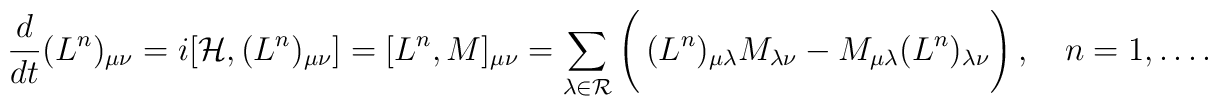
{d\over{dt}}(L^n)_{\mu\nu}=i[{\cal H},(L^n)_{\mu\nu}]   =[L^n,M]_{\mu\nu}   \nonumber\\   =\sum_{\lambda\in{\cal R}}\left(\phantom{\mbox{\huge   H}}\hspace{-15pt}   (L^n)_{\mu\lambda}M_{\lambda\nu}-   M_{\mu\lambda}(L^n)_{\lambda\nu}\right),\quad   n=1,\ldots .